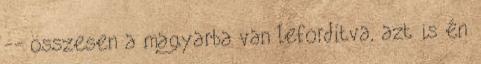
-- összesen a magyarba van lefordítva, azt is én